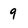
Character: q